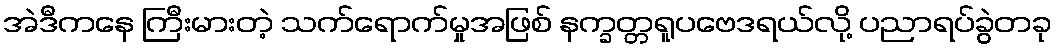
အဲဒီကနေ ကြီးမားတဲ့ သက်ရောက်မှုအဖြစ် နက္ခတ္တရူပဗေဒရယ်လို့ ပညာရပ်ခွဲတခု